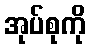
အုပ်စုကို